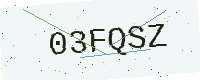
Text: 03FQSZ